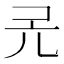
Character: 𠑻